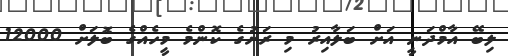
ލިބޭ އާމްދަނީ އަށް ބަލާއިރު މި ރަށުގެ ކޮންމެ މީހެއްގެ ބޮލަށް 12000